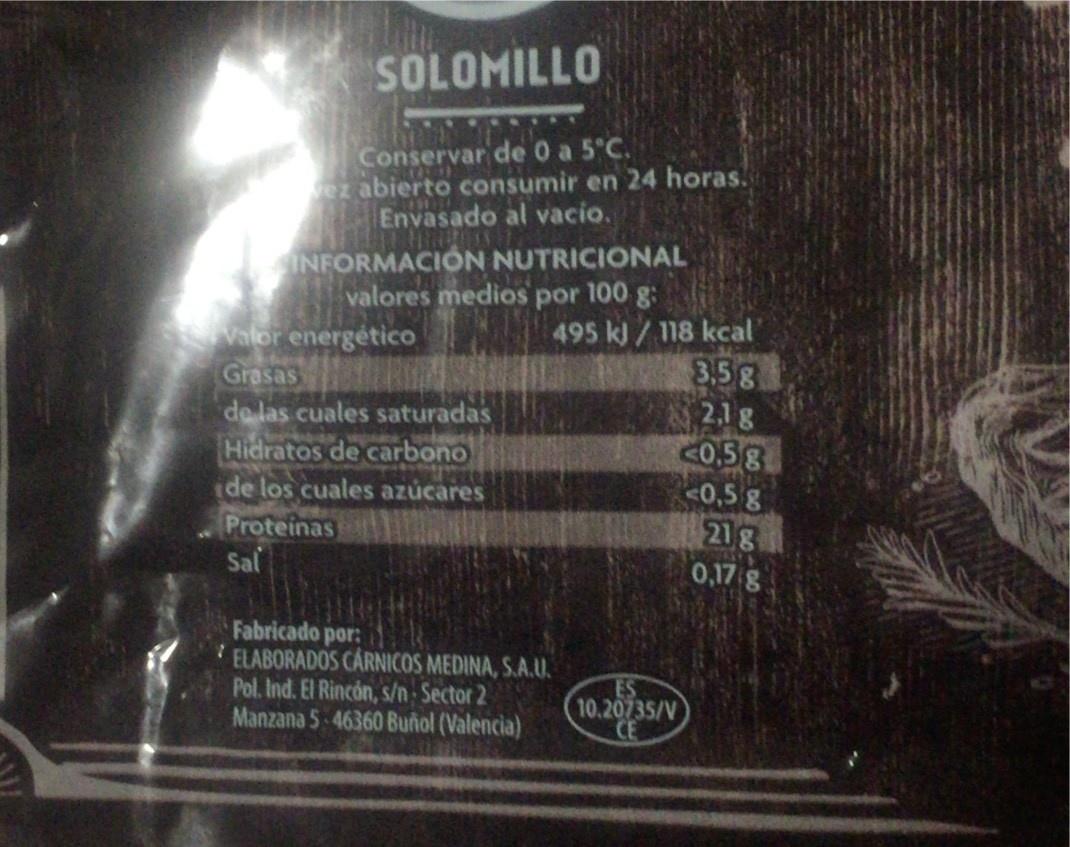
SOLOMILLO
Conservar de 0 a 5°C. ez abierto consumir en 24 horas. Envasado al vacio.
INFORMACIÓN NUTRICIONAL
valores medios
por
100 g
Valor energético Grasas de las cuales saturadas Hidratos de carbono ide los cuales azúcares Proteinas Sal
495 kJ/118 kcal 3,5g 2,1g C0,5g <0,5 g
21g
0,17 g
Fabricado por: ELABORADOS CARNICOS MEDINA, S.A.U. Pol. Ind. El Rincón, s/n Sector 2 Manzana 5 46360 Buñol (Valencia)
ES 10.20735/V CE